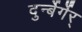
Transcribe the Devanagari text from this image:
दुर्न्बेर्गेर्